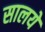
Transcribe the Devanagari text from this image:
सालये